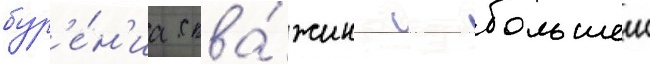
бур'е́н'иа сква́жин с большеи